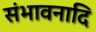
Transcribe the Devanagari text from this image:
संभावनादि